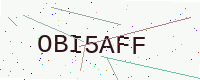
Text: OBI5AFF